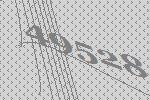
49528